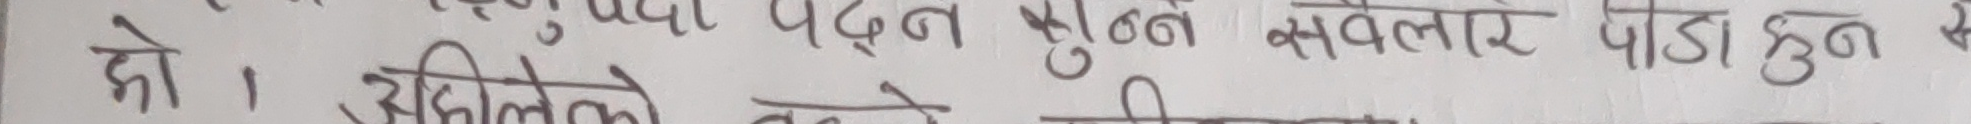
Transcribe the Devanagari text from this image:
दो। उहिलेको देखे नीचाले